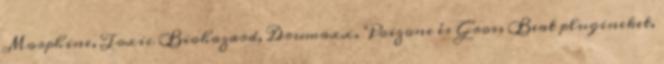
Morphine, Toxic Biohazard, Drumaxx, Poizone és Gross Beat plugineket.